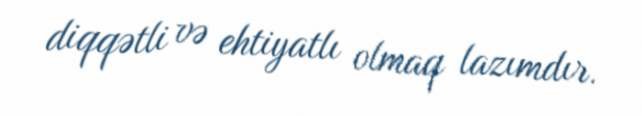
diqqətli və ehtiyatlı olmaq lazımdır.